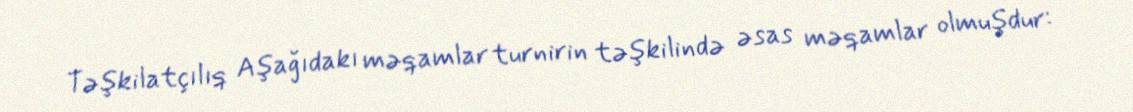
Təşkilatçılıq Aşağıdakı məqamlar turnirin təşkilində əsas məqamlar olmuşdur: